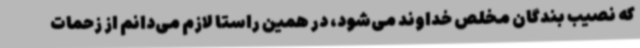
که نصیب بندگان مخلص خداوند می‌شود، در همین راستا لازم می‌دانم از زحمات